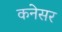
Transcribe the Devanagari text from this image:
कनेसर